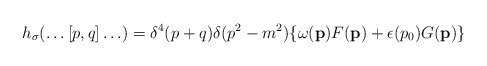
\begin{align*}h_\sigma (\ldots [p,q] \ldots) = \delta^4 (p+q) \delta (p^2 - m^2)\{ \omega ({\bf p}) F ({\bf p}) + \epsilon (p_0) G({\bf p}) \}\end{align*}